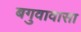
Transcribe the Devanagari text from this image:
बगुवावासा